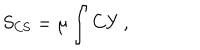
S _ { \mathrm { C S } } = \mu \int C Y \, ,